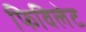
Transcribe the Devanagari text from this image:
फिविलेट